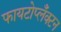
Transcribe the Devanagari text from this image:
फायटोप्लँक्टन